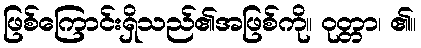
ဖြစ်ကြောင်းရှိသည်၏အဖြစ်ကို။ ဝုတ္တာ၊ ၏။